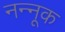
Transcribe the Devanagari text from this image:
नन्नूक